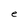
Character: e